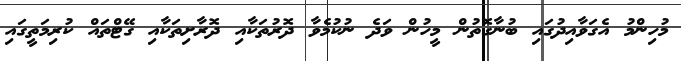
މުހިންމު އެގަވާއިދުގައި ބުނާގޮތުން މީހުން ވަދެ ނުކުމެވާ ދޮރުތަކާއި ދޮރާށިތަކާއި ގޭޓްތައް ކުރިމަތީގައި